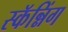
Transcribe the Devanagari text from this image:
स्कॅन्निंग